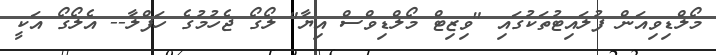
މޯލްޑިވިއަން ފުލައިޓުތަކުގައި "ވިޒިޓް މޯލްޑިވްސް އިޔާ" ލޯގޯ ޖެހުމުގެ ހަފްލާ-- އެލޯގޯ އަކީ